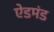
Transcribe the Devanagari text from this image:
ऐडमंड